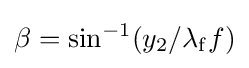
\mathrm {\beta } =\sin ^{-1}(y_{2}/\mathrm {\lambda } _{\mathrm {f} }f)